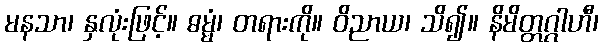
မနသာ၊ နှလုံးဖြင့်။ ဓမ္မံ၊ တရားကို။ ဝိညာယ၊ သိ၍။ နိမိတ္တဂ္ဂါဟီ၊